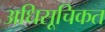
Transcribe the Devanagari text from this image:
अधिसूचिकत